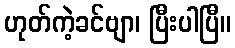
ဟုတ်ကဲ့ခင်ဗျာ၊ ပြီးပါပြီ။